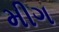
મીગ